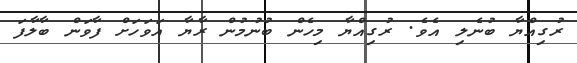
ރުގިއްޔާ ބުނެލި އެވެ. ރުގިއްޔާ މިހެން ބުނުމުން ރާޔާ އަވަހަށް ފާވަން ބާލާފަ